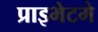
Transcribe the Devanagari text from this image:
प्राइभेटमे